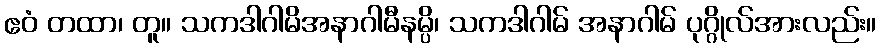
ဧဝံ တထာ၊ တူ။ သကဒါဂါမိအနာဂါမီနမ္ပိ၊ သကဒါဂါမ် အနာဂါမ် ပုဂ္ဂိုလ်အားလည်း။